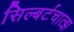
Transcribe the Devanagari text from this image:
सिल्बर्टचात्झ